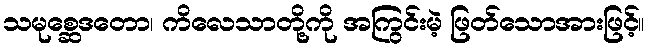
သမုစ္ဆေဒတော၊ ကိလေသာတို့ကို အကြွင်းမဲ့ ဖြတ်သောအားဖြင့်။